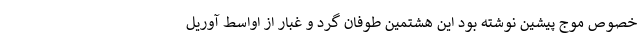
خصوص موج پیشین نوشته بود این هشتمین طوفان گرد و غبار از اواسط آوریل